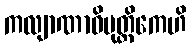
ကလျာဏာဓိမုတ္တိကေဟိ